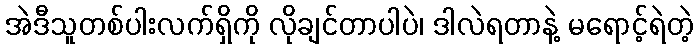
အဲဒီသူတစ်ပါးလက်ရှိကို လိုချင်တာပါပဲ၊ ဒါလဲရတာနဲ့ မရောင့်ရဲတဲ့